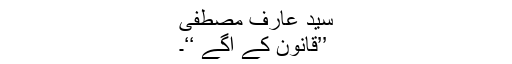
سید عارف مصطفیٰ
’’قانون کے آگے ‘‘۔